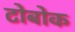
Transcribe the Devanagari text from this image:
टोबोक